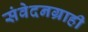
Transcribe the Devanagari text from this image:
संवेदनग्राही